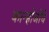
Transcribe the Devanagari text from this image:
कान्होजींचे